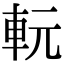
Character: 䡇